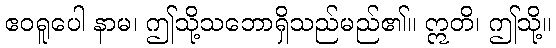
ဧဝရူပေါ နာမ၊ ဤသို့သဘောရှိသည်မည်၏။ ဣတိ၊ ဤသို့။